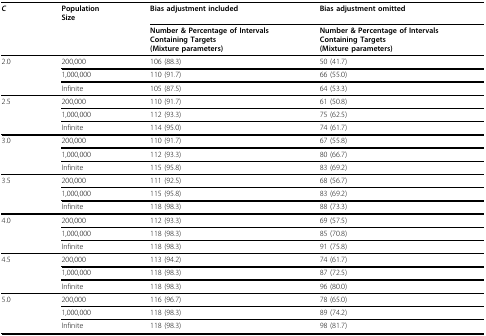
<table><thead><tr><td><b><i>C</i></b></td><td><b>PopulationSize</b></td><td><b>Bias adjustment included</b></td><td><b>Bias adjustment omitted</b></td></tr><tr><td></td><td></td><td><b>Number &amp; Percentage of IntervalsContaining Targets(Mixture parameters)</b></td><td><b>Number &amp; Percentage of IntervalsContaining Targets(Mixture parameters)</b></td></tr></thead><tbody><tr><td>2.0</td><td>200,000</td><td>106 (88.3)</td><td>50 (41.7)</td></tr><tr><td></td><td>1,000,000</td><td>110 (91.7)</td><td>66 (55.0)</td></tr><tr><td></td><td>Infinite</td><td>105 (87.5)</td><td>64 (53.3)</td></tr><tr><td>2.5</td><td>200,000</td><td>110 (91.7)</td><td>61 (50.8)</td></tr><tr><td></td><td>1,000,000</td><td>112 (93.3)</td><td>75 (62.5)</td></tr><tr><td></td><td>Infinite</td><td>114 (95.0)</td><td>74 (61.7)</td></tr><tr><td>3.0</td><td>200,000</td><td>110 (91.7)</td><td>67 (55.8)</td></tr><tr><td></td><td>1,000,000</td><td>112 (93.3)</td><td>80 (66.7)</td></tr><tr><td></td><td>Infinite</td><td>115 (95.8)</td><td>83 (69.2)</td></tr><tr><td>3.5</td><td>200,000</td><td>111 (92.5)</td><td>68 (56.7)</td></tr><tr><td></td><td>1,000,000</td><td>115 (95.8)</td><td>83 (69.2)</td></tr><tr><td></td><td>Infinite</td><td>118 (98.3)</td><td>88 (73.3)</td></tr><tr><td>4.0</td><td>200,000</td><td>112 (93.3)</td><td>69 (57.5)</td></tr><tr><td></td><td>1,000,000</td><td>118 (98.3)</td><td>85 (70.8)</td></tr><tr><td></td><td>Infinite</td><td>118 (98.3)</td><td>91 (75.8)</td></tr><tr><td>4.5</td><td>200,000</td><td>113 (94.2)</td><td>74 (61.7)</td></tr><tr><td></td><td>1,000,000</td><td>118 (98.3)</td><td>87 (72.5)</td></tr><tr><td></td><td>Infinite</td><td>118 (98.3)</td><td>96 (80.0)</td></tr><tr><td>5.0</td><td>200,000</td><td>116 (96.7)</td><td>78 (65.0)</td></tr><tr><td></td><td>1,000,000</td><td>118 (98.3)</td><td>89 (74.2)</td></tr><tr><td></td><td>Infinite</td><td>118 (98.3)</td><td>98 (81.7)</td></tr></tbody></table>